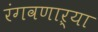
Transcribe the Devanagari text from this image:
रंगवणाऱ्या